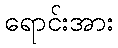
ရောင်းအား